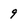
Character: 9